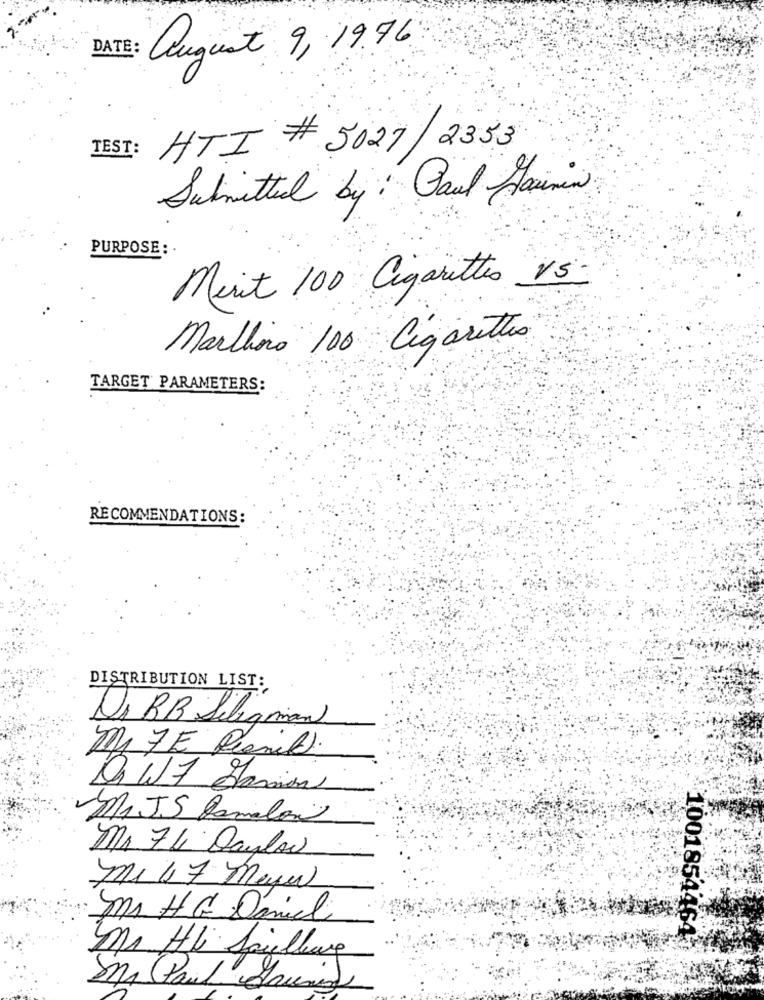
DATE:
august 9, 19.96
HTI # 5027 / 2353
TEST:
Submitted by : Paul Hainin
PURPOSE: .
Mert 100 Cigarettes VS.
Marchino 100 Cigarettes
TARGET PARAMETERS:
RECOMMENDATIONS:
DISTRIBUTION LIST:
Dr BB Seligman
Mr 7E Permil.
DI W7 Harion
MA JS Damilion
Mr. 74 Daylow
mi 17 meyer
mr. HG Daniel
1001854464
Mr Hli Saiellung
8 (Paul Harris